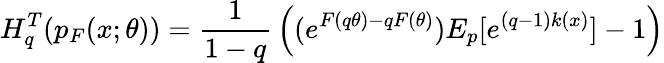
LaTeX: H_{q}^{T}(p_{F}(x;\theta))={\frac{1}{1-q}}\left((e^{F(q\theta)-qF(\theta)})E_{p}[e^{(q-1)k(x)}]-1\right)